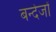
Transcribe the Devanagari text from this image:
बन्देजों